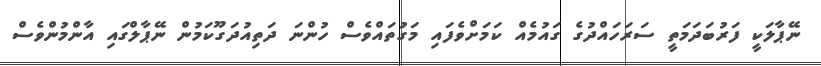
ނޭޕާލަކީ ފަރުބަދަމަތީ ސަރަހައްދުގެ ގައުމެއް ކަމަށްވެފައި މަގުތައްވެސް ހުންނަ ދަތިއުދަގޫކަމުން ނޭޕާލްގައި އާންމުންވެސް